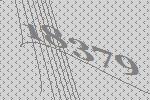
18379